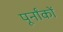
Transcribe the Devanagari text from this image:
पूर्नांकों